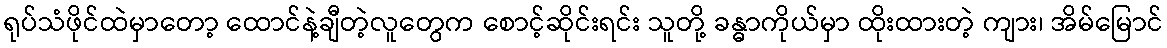
ရုပ်သံဖိုင်ထဲမှာတော့ ထောင်နဲ့ချီတဲ့လူတွေက စောင့်ဆိုင်းရင်း သူတို့ ခန္ဓာကိုယ်မှာ ထိုးထားတဲ့ ကျား၊ အိမ်မြောင်